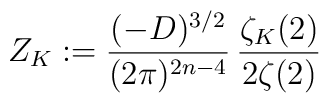
Z_K:=\frac{(-D)^{3/2}}{(2\pi)^{2n-4}}\,\frac{\zeta_K(2)}{2\zeta(2)}